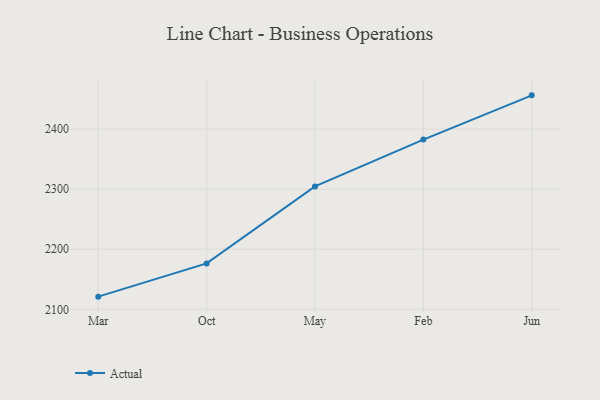
{"axis": {"x": "Month", "y": "Operating Costs (USD K)"}, "legend": ["Actual"], "data": [{"x": "Mar", "y": 2121.1, "type": "Actual"}, {"x": "Oct", "y": 2176.4, "type": "Actual"}, {"x": "May", "y": 2304.6, "type": "Actual"}, {"x": "Feb", "y": 2382.5, "type": "Actual"}, {"x": "Jun", "y": 2456.2, "type": "Actual"}]}